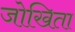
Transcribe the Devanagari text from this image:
जोखिता